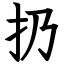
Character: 扔